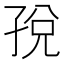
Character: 𫲦